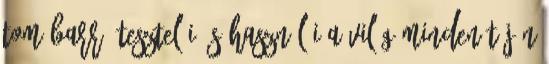
Tom Barr, tesztelői és használói a világ minden táján